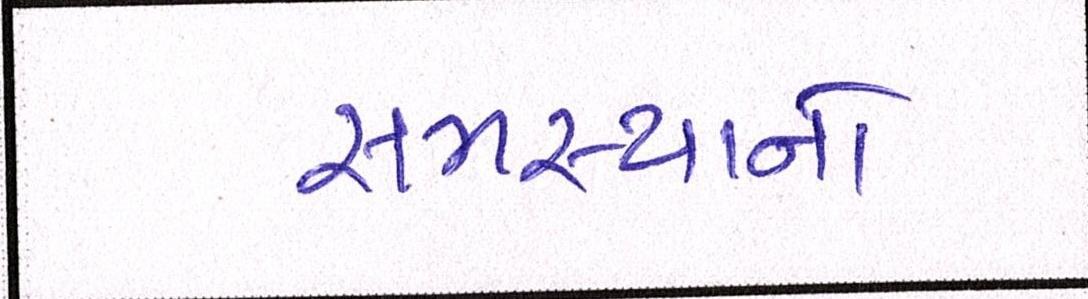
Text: સમસ્યાનો